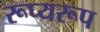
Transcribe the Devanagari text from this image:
रूप्यरूप